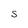
Character: S